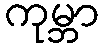
ကုမ္ဘာ